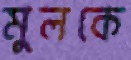
মুলকে